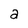
Character: a